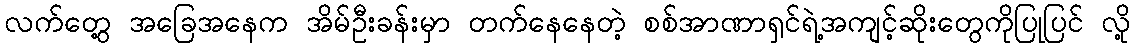
လက်တွေ့ အခြေအနေက အိမ်ဦးခန်းမှာ တက်နေနေတဲ့ စစ်အာဏာရှင်ရဲ့အကျင့်ဆိုးတွေကိုပြုပြင် လို့